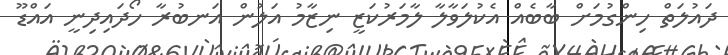
ދައުލަތް ހިންގުމަށް ބާބެއް އެކުލަވާލާ ލާމަރުކަޒީ ނިޒާމު އަލުން އަނބުރާ ހޯދައިދިނީ އައްޑޫ